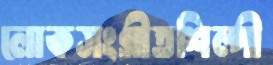
লোকসংগীতশিল্পী